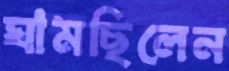
ঘামছিলেন